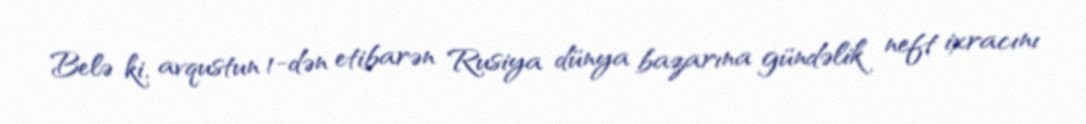
Belə ki, avqustun 1-dən etibarən Rusiya dünya bazarına gündəlik neft ixracını